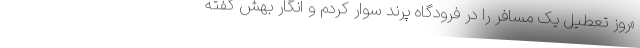
«روز تعطیل یک مسافر را در فرودگاه پرند سوار کردم و انگار بهش گفته